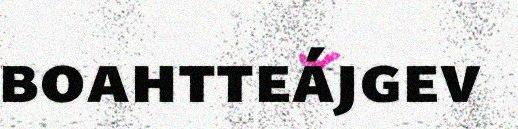
boahtteájgev